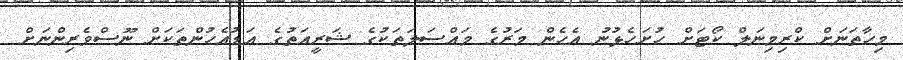
މިހާތަނަށް ކްރިމިނަލް ކޯޓަށް ހުށަހެޅުނު އެހެން މަރުގެ މައްސަލަތަކުގެ ޝަރީއަތުގެ އަޑުއެހުންތަކަށް ނޫސްވެރިންނަށް